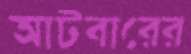
আটবারের